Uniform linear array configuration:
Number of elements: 4
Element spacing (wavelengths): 0.5
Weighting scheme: uniform
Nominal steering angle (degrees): -60
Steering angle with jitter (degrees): -58.006
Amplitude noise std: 0.05
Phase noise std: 0.05

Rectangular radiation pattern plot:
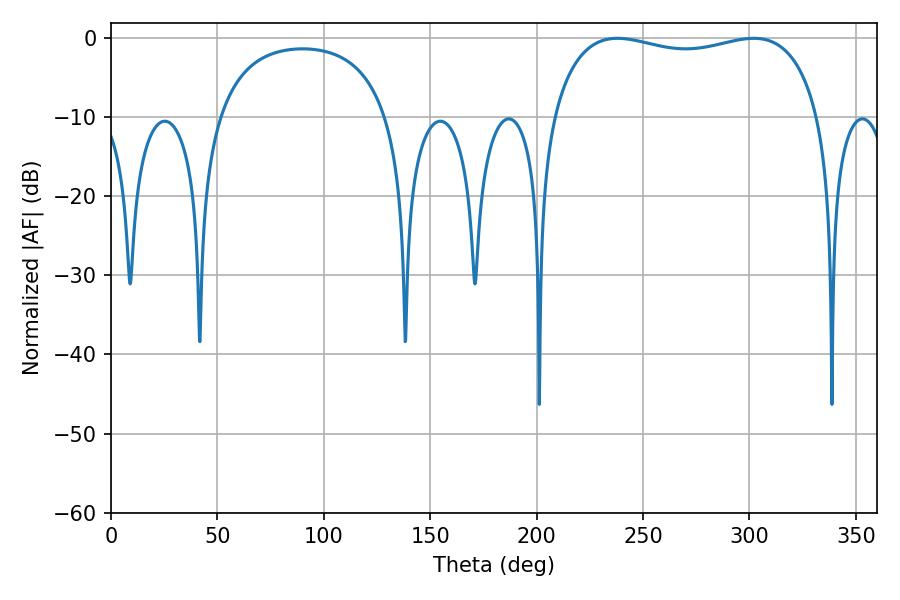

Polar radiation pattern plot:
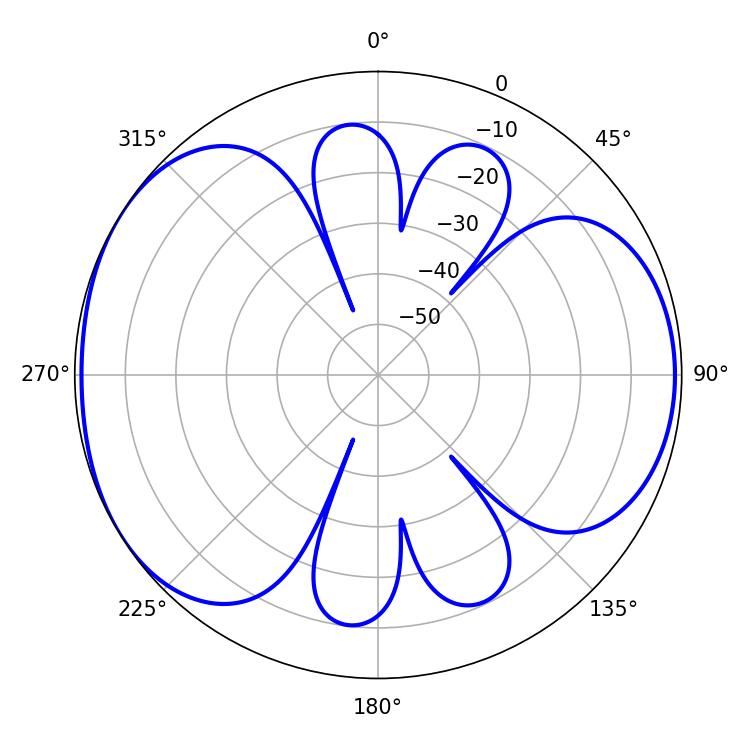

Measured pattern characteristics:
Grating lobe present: FALSE
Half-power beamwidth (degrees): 102.6
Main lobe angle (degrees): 237.96